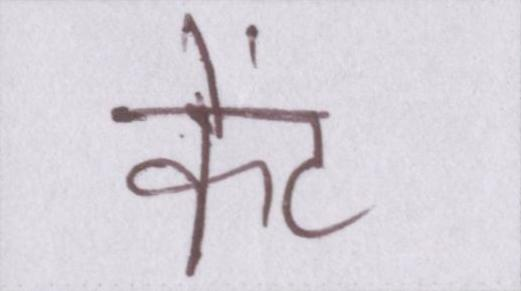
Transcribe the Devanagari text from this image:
केंट